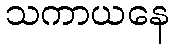
သကာယနေ